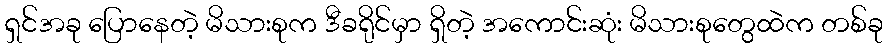
ရှင်အခု ပြောနေတဲ့ မိသားစုက ဒီခရိုင်မှာ ရှိတဲ့ အကောင်းဆုံး မိသားစုတွေထဲက တစ်ခု